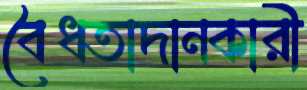
বৈধতাদানকারী